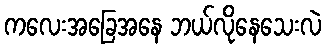
ကလေးအခြေအနေ ဘယ်လိုနေသေးလဲ